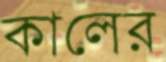
কালের